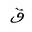
Letter: _qaf